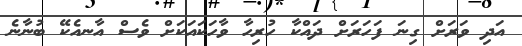
އަދި ވަރަށް ގިނަ ފަހަރަށް ދައްކާ ހުރިހާ ވާހަކައަކަށް ވެސް އާނއެކޭ ބުނާނެ